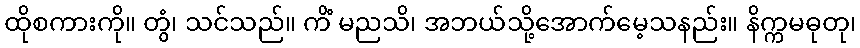
ထိုစကားကို။ တွံ၊ သင်သည်။ ကိံ မညသိ၊ အဘယ်သို့အောက်မေ့သနည်း။ နိက္ကမဓုတု၊